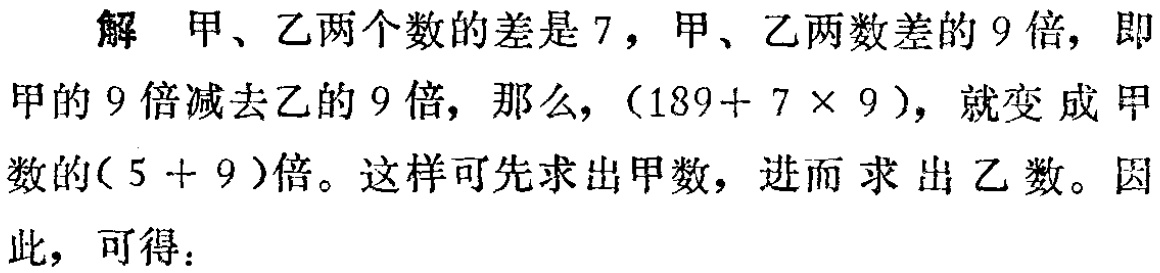
解 甲、乙两个数的差是 7，甲、乙两数差的 9 倍，即甲的 9 倍减去乙的 9 倍，那么，\((189 + 7\times9)\)，就变成甲数的\((5 + 9)\)倍。这样可先求出甲数，进而求出乙数。因此，可得：